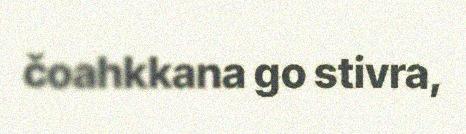
čoahkkana go stivra,